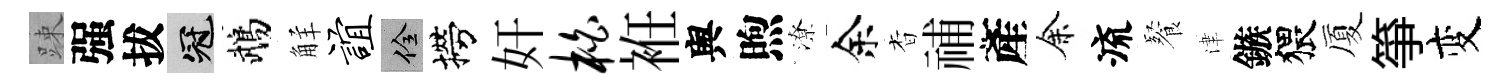
踈强拔冠鵡觧谊佺撈奸柏袵舆煦潦余杳𥙷產余流餐津鏃猥厦筝变